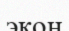
экон